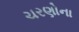
ચરણોના